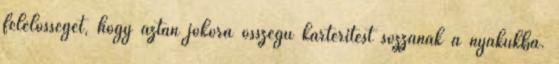
felelősséget, hogy aztán jókora összegű kártérítést sózzanak a nyakukba.